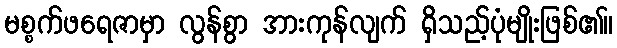
မစ္စက်ဖရေဇာမှာ လွန်စွာ အားကုန်လျက် ရှိသည့်ပုံမျိုးဖြစ်၏။